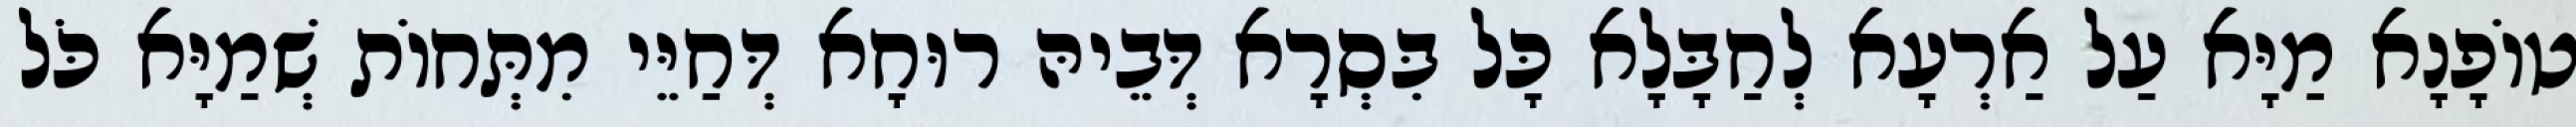
טוֹפָנָא מַיָּא עַל אַרְעָא לְחַבָּלָא כָּל בִּסְרָא דְּבֵיהּ רוּחָא דְּחַיֵּי מִתְּחוֹת שְׁמַיָּא כֹּל